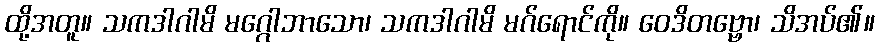
ထို့အတူ။ သကဒါဂါမိ မဂ္ဂေါဘာသော၊ သကဒါဂါမိ မဂ်ရောင်ကို။ ဝေဒိတဗ္ဗော၊ သိအပ်၏။